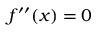
f ^ { \prime \prime } ( x ) = 0